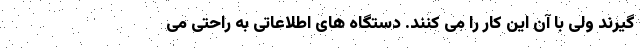
گیرند ولی با آن این کار را می کنند. دستگاه های اطلاعاتی به راحتی می